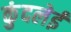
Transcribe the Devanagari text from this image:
कुंदलेई